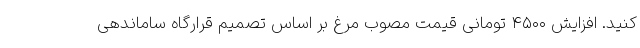
کنید. افزایش ۴۵۰۰ تومانی قیمت مصوب مرغ بر اساس تصمیم قرارگاه ساماندهی